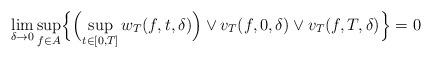
LaTeX: \begin{align*}\lim_{\delta\to0}\sup_{f\in A}\Bigl\{\Bigl(\sup_{t\in[0,T]}w_{T}(f, t, \delta)\Bigr)\vee v_{T}(f, 0, \delta) \vee v_{T}(f, T, \delta)\Bigr\} =0\end{align*}